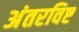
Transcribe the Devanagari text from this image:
अंतरविष्ट